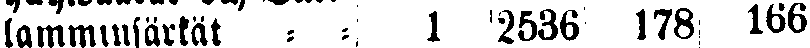
lamminsärkät - - 1 256 178 166